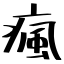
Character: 瘋